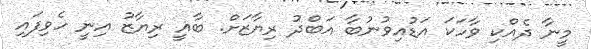
މީނާ ދެއްކި ވާހަކަ އަޑުއިވުނުބާ އަބްދު ރިޔާޒަށް. ބާޣީ ރިޔާޒު އިނީ ހެވިފައި